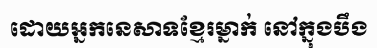
ដោយអ្នកនេសាទខ្មែរម្នាក់ នៅក្នុងបឹង